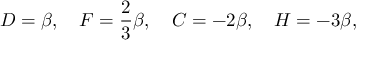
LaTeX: D = \beta , \quad F = \frac { 2 } { 3 } \beta , \quad { \cal C } = - 2 \beta , \quad { \cal H } = - 3 \beta ,